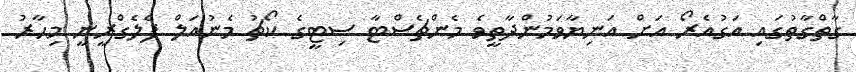
ގާތްގާތުގައި އަގުއެރޯ އަށް އަނިޔާވަމުންދާތީވެ މެންޗެސްޓާ ސިޓީގެ ކޯޗު މެނުއަލް ޕެލެގްރީނީ މިހާރު